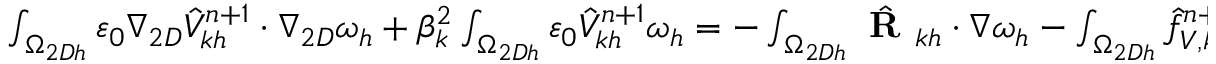
\begin{array} { r l } { \small } & { { } \int _ { \Omega _ { 2 D h } } \varepsilon _ { 0 } \nabla _ { 2 D } \hat { V } _ { k h } ^ { n + 1 } \cdot \nabla _ { 2 D } \omega _ { h } + \beta _ { k } ^ { 2 } \int _ { \Omega _ { 2 D h } } \varepsilon _ { 0 } \hat { V } _ { k h } ^ { n + 1 } \omega _ { h } = - \int _ { \Omega _ { 2 D h } } \hat { \textbf { R } } _ { k h } \cdot \nabla \omega _ { h } - \int _ { \Omega _ { 2 D h } } \hat { f } _ { V , k h } ^ { n + 1 } \omega _ { h } , } \end{array}